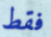
فقط